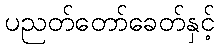
ပညတ်တော်ခေတ်နှင့်